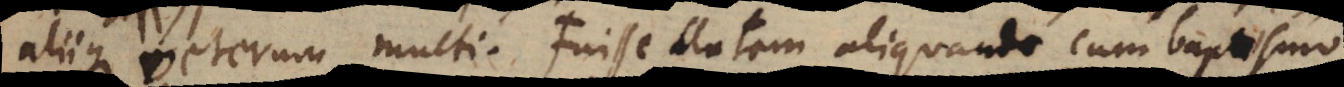
aliique veterum multi. Fuisse autem aliquando cum baptismo